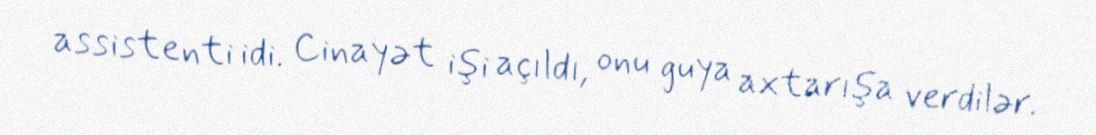
assistenti idi. Cinayət işi açıldı, onu guya axtarışa verdilər.